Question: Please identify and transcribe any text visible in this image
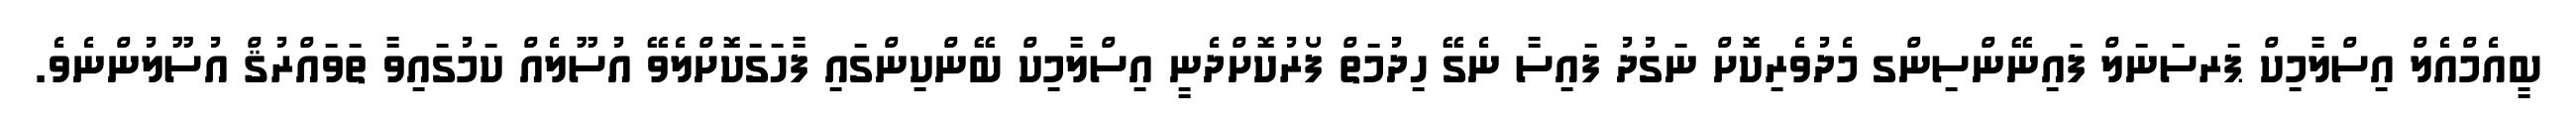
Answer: ބީއެމްއެލް އިސްލާމިކް ޕަރސަނަލް ފައިނޭންސިންގ މެދުވެރިކޮށް ނަގުދު ފައިސާ ނެގޭ ހިދުމަތް ފޯރުކޮށްދެނީ އިސްލާމިކް ބޭންކިންގައި ފާހަގަކޮށްލެވޭ އުސޫލެއް ކަމުގައިވާ ތަވައްރުޤް އުސޫލުންނެވެ.